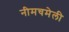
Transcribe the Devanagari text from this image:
नीमचमेली